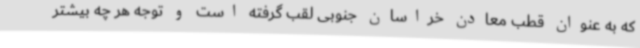
که به عنوان قطب معادن خراسان جنوبی لقب گرفته است و توجه هر چه بیشتر